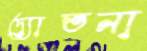
দ্যোতনা